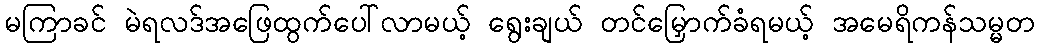
မကြာခင် မဲရလဒ်အဖြေထွက်ပေါ်လာမယ့် ရွေးချယ် တင်မြှောက်ခံရမယ့် အမေရိကန်သမ္မတ